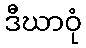
ဒီဃာဝုံ